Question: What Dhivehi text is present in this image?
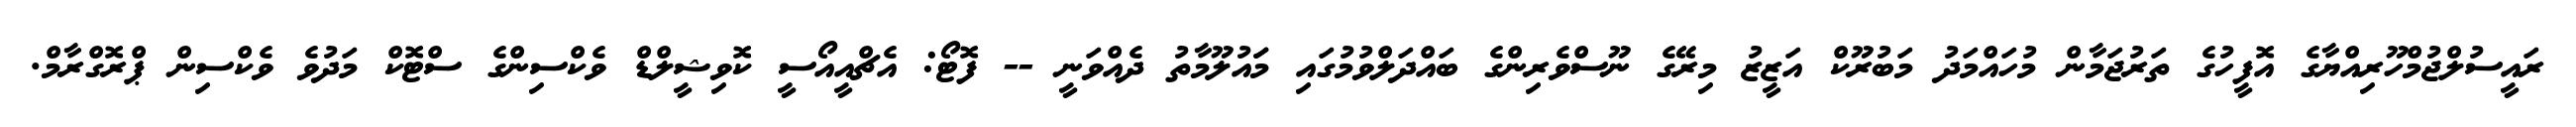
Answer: ރައީސުލްޖުމްހޫރިއްޔާގެ އޮފީހުގެ ތަރުޖަމާން މުހައްމަދު މަބުރޫކް އަޒީޒު މިރޭގެ ނޫސްވެރިންގެ ބައްދަލްވުމުގައި މަައުލޫމާތު ދެއްވަނީ -- ފޮޓޯ: އެޗްއީއޯސީ ކޮވިޝީލްޑް ވެކްސިންގެ ސްޓޮކް މަދުވެ ވެކްސިން ޕްރޮގްރާމް.